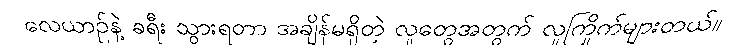
လေယာဉ်နဲ့ ခရီး သွားရတာ အချိန်မရှိတဲ့ လူတွေအတွက် လူကြိုက်များတယ်။